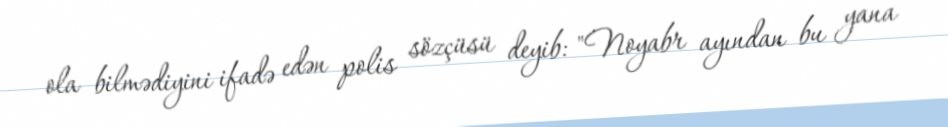
ola bilmədiyini ifadə edən polis sözçüsü deyib: "Noyabr ayından bu yana